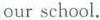
ourschool.